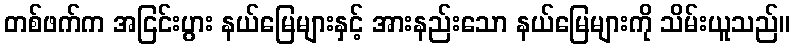
တစ်ဖက်က အငြင်းပွား နယ်မြေများနှင့် အားနည်းသော နယ်မြေများကို သိမ်းယူသည်။